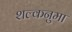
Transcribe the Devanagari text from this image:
शल्कनुमा